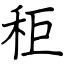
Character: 秬